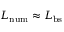
L _ { \mathrm { n u m } } \approx { L _ { \mathrm { b s } } }